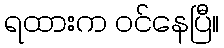
ရထားက ဝင်နေပြီ။